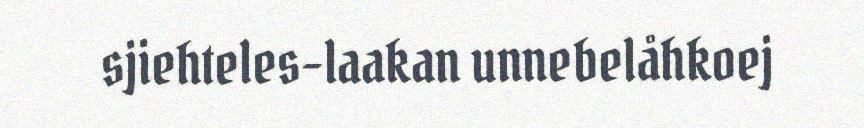
sjiehteles-laakan unnebelåhkoej